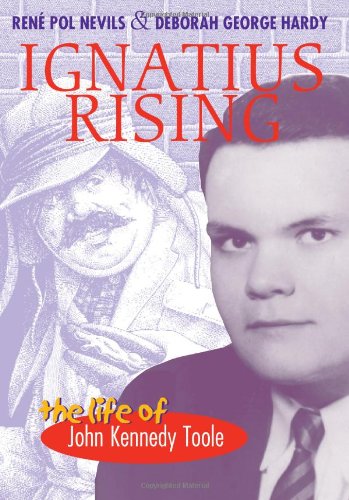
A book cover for Ignatius Rising: The Life of John Kennedy Toole; Rene Pol Nevils; Humor & Entertainment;